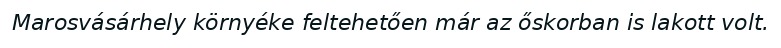
Marosvásárhely környéke feltehetően már az őskorban is lakott volt.